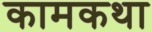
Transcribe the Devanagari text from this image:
कामकथा